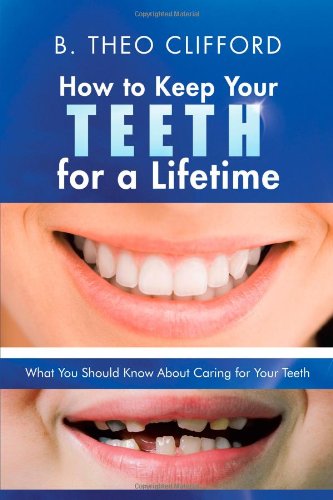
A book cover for How to Keep Your Teeth for a Lifetime: What You Should Know About Caring for Your Teeth; B. Theo Clifford; Medical Books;